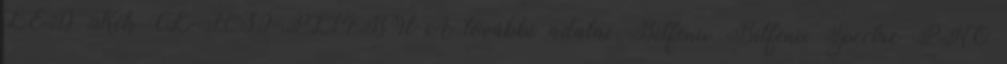
LED Kék CL-F039-PL14BU-A további adatai Bitfenix Bitfenix Spectre PRO